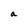
Character: a